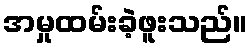
အမှုထမ်းခဲ့ဖူးသည်။